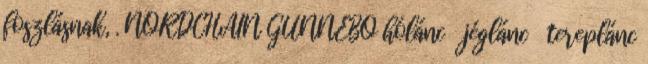
foszlásnak, . NORDCHAIN GUNNEBO hólánc jéglánc tereplánc